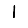
Digit: 1